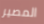
المصير